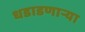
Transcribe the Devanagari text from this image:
धडाडणाऱ्या